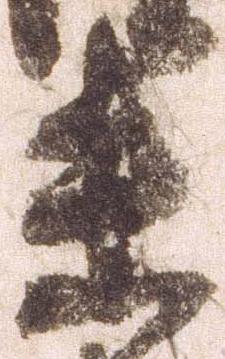
未